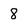
Character: 8